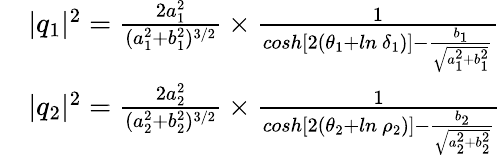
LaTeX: \begin{array}{rl}&{|q_{1}|^{2}=\frac{2a_{1}^{2}}{(a_{1}^{2}+b_{1}^{2})^{3/2}}\times\frac{1}{cosh[2(\theta_{1}+ln\ \delta_{1})]-\frac{b_{1}}{\sqrt{a_{1}^{2}+b_{1}^{2}}}}}\\ &{|q_{2}|^{2}=\frac{2a_{2}^{2}}{(a_{2}^{2}+b_{2}^{2})^{3/2}}\times\frac{1}{cosh[2(\theta_{2}+ln\ \rho_{2})]-\frac{b_{2}}{\sqrt{a_{2}^{2}+b_{2}^{2}}}}}\end{array}